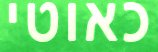
כאוטי